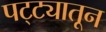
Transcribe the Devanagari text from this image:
पट्ट्यातून